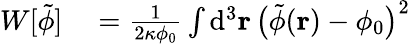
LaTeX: \begin{array}{rl}{W[\tilde{\phi}]}&{{}=\frac{1}{2\kappa\phi_{0}}\int\mathrm{d}^{3}\mathbf{r}\, \big(\tilde{\phi}(\mathbf{r})-\phi_{0}\big)^{2}}\end{array}